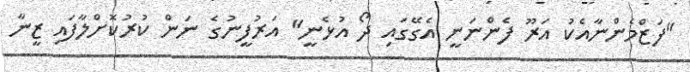
"ފަޒްމެންނާއެކު އަރޫ ފެންނަނީ އެގޭގައި ދޯ އުޅެނީ" އަރުފީނުގެ ނަން ކުރުކޮށްލާފައި ޒީނާ